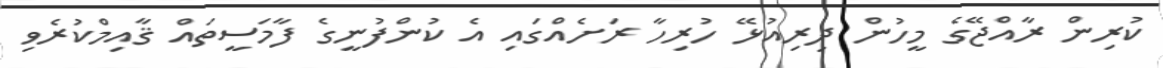
ކުރިން ރާއްޖޭގެ މީހުން ދިރިއުޅޭ ހުރިހާ ރަށެއްގައި އެ ކުންފުނީގެ ފާމަސީތައް ޤާއިމްކުރެވި